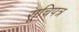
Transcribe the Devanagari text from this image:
सूचिपत्र